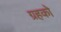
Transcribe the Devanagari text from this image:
ग्रहको